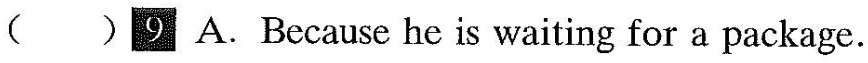
() 9 A.Because he is waiting for a package.